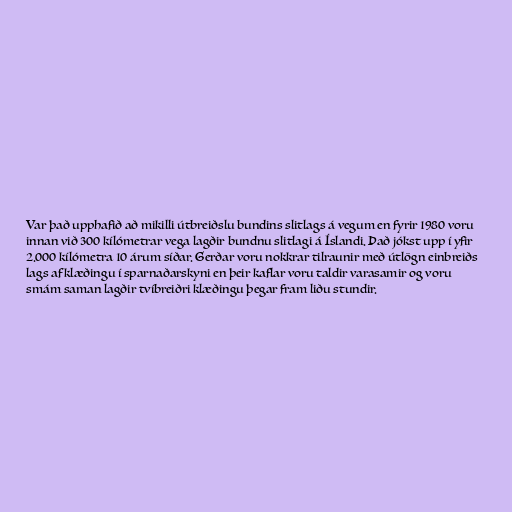
Var það upphafið að mikilli útbreiðslu bundins slitlags á vegum en fyrir 1980 voru
innan við 300 kílómetrar vega lagðir bundnu slitlagi á Íslandi. Það jókst upp í yfir
2.000 kílómetra 10 árum síðar. Gerðar voru nokkrar tilraunir með útlögn einbreiðs
lags af klæðingu í sparnaðarskyni en þeir kaflar voru taldir varasamir og voru
smám saman lagðir tvíbreiðri klæðingu þegar fram liðu stundir.